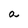
Character: a